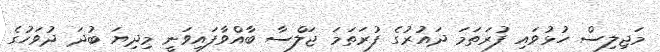
މަޖިލިސް ހުޅުވައި ފުރަތަމަ ދައުރުގެ ފުރަތަމަ ޖަލްސާ ބާއްވާފައިވަނީ މިދިޔަ ބުދަ ދުވަހުގެ